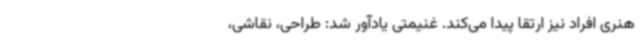
هنری افراد نیز ارتقا پیدا می‌کند. غنیمتی یادآور شد: طراحی، نقاشی،